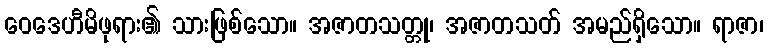
ဝေဒေဟီမိဖုရား၏ သားဖြစ်သော။ အဇာတသတ္တု၊ အဇာတသတ် အမည်ရှိသော။ ရာဇာ၊